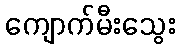
ကျောက်မီးသွေး